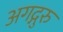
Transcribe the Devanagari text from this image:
अगद्गुरु